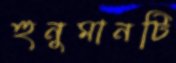
হুনুমানটি